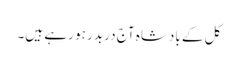
کل کے بادشاہ آج در بدر ہو رہے ہیں۔